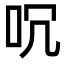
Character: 㕴